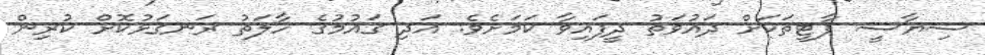
ސިޔާސީ ޕާޓީތަކަށް ދައުވަތު ދީފައިވާ ކަމަށެވެ. އަދި ގައުމުގެ ހާލަތު ރަނގަޅުކޮށް ކުރިން